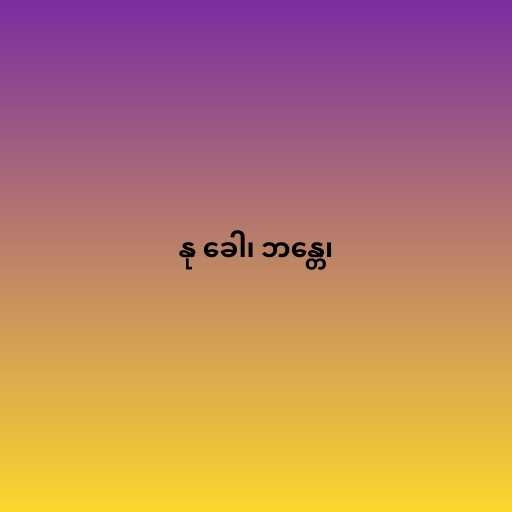
နု ခေါ၊ ဘန္တေ၊